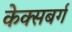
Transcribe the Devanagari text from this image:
केक्सबर्ग